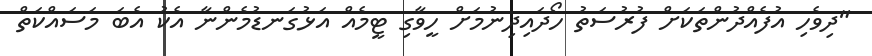
"ދިވެހި އުފެއްދުންތަކަށް ފުރުސަތު ހޯދައިދިނުމަށް ހީވާގި ޓީމެއް އަޅުގަނޑުމެންނާ އެކު އެބަ މަސައްކަތް